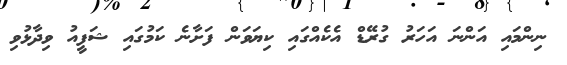
ނިންމައި އަންނަ އަހަރު ގުރޭޑް އެކެއްގައި ކިޔަވަން ފަށާނެ ކަމުގައި ޝަފީއު ވިދާޅުވި